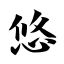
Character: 悠